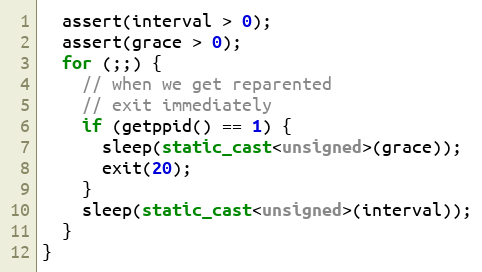
Language: C++
  assert(interval > 0);
  assert(grace > 0);
  for (;;) {
    // when we get reparented
    // exit immediately
    if (getppid() == 1) {
      sleep(static_cast<unsigned>(grace));
      exit(20);
    }
    sleep(static_cast<unsigned>(interval));
  }
}